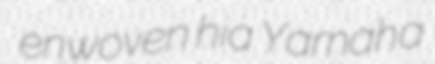
enwoven hia Yamaha